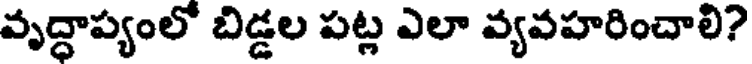
వృద్ధాప్యంలో బిడ్డల పట్ల ఎలా వ్యవహరించాలి?